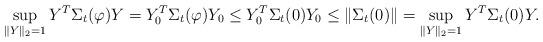
LaTeX: \begin{align*} \sup_{\|Y\|_2=1}Y^T\Sigma_t(\varphi)Y=Y^T_0\Sigma_t(\varphi)Y_0 \leq Y^T_0\Sigma_t(0)Y_0 \leq \|\Sigma_t(0)\| = \sup_{\|Y\|_2=1} Y^T \Sigma_t(0)Y .\end{align*}